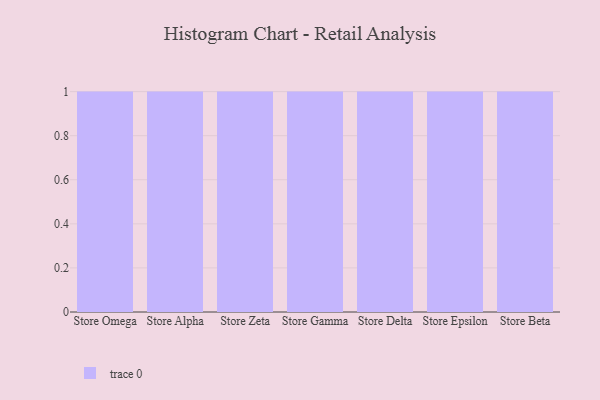
{"axis": {"x": "Store", "y": "Humidity (%)"}, "legend": [""], "data": [{"x": "Store Omega", "y": 25, "type": ""}, {"x": "Store Alpha", "y": 91, "type": ""}, {"x": "Store Zeta", "y": 83, "type": ""}, {"x": "Store Gamma", "y": 63, "type": ""}, {"x": "Store Delta", "y": 21, "type": ""}, {"x": "Store Epsilon", "y": 19, "type": ""}, {"x": "Store Beta", "y": 31, "type": ""}]}